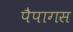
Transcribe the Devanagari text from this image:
पैपागस